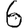
Digit: 6